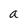
Character: a